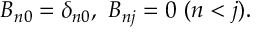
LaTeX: B _ { n 0 } = \delta _ { n 0 } , \ B _ { n j } = 0 \ ( n < j ) .